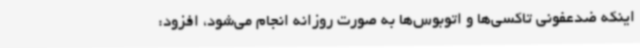
اینکه ضدعفونی تاکسی‌ها و اتوبوس‌ها به صورت روزانه انجام می‌شود، افزود: